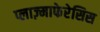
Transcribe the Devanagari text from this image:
प्लाज़्माफेरेसिस